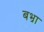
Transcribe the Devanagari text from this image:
बभ्रा